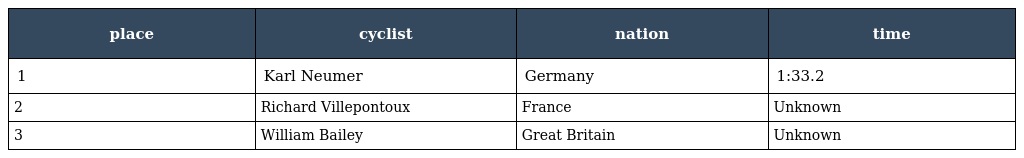
| place | cyclist | nation | time |
 | --- | --- | --- | --- |
 | 1 | Karl Neumer | Germany | 1:33.2 |
 | 2 | Richard Villepontoux | France | Unknown |
 | 3 | William Bailey | Great Britain | Unknown |